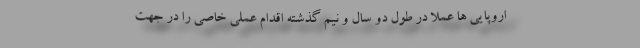
اروپایی ها عملا در طول دو سال و نیم گذشته اقدام عملی خاصی را در جهت